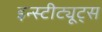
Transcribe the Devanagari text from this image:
इन्स्टीट्यूट्स